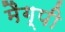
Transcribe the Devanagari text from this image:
मैग्पी